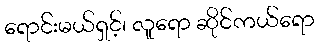
ရောင်းမယ်ရှင့်၊ လူရော ဆိုင်ကယ်ရော